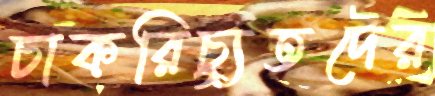
চাকরিচ্যুতদের